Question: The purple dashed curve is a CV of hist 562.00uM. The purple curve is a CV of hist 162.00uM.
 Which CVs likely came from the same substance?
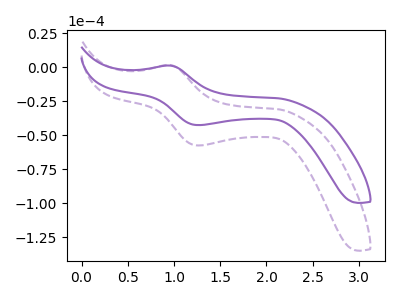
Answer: <think>The purple dashed curve "hist 562.00uM" has an anodic peak at (0.95V, 1.65uA) and a cathodic peak at (1.30V, -57.60uA). The purple curve "hist 162.00uM" has an anodic peak at (0.95V, 1.20uA) and a cathodic peak at (1.30V, -42.60uA).
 All the peaks in "hist 562.00uM" have a peak in "hist 162.00uM" at the same potential. Every peak in "hist 562.00uM" is higher than every peak in "hist 162.00uM".</think>
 <answer>"hist 162.00uM" and "hist 562.00uM" have the same shape and are likely CV's of the same chemical.</answer>
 <eval>"hist 162.00uM" "hist 562.00uM"</eval>